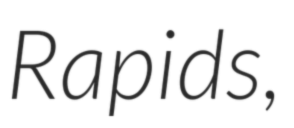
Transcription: Rapids,